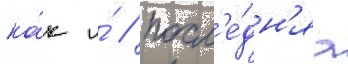
ка́к и́ / посл'е́дн'яа